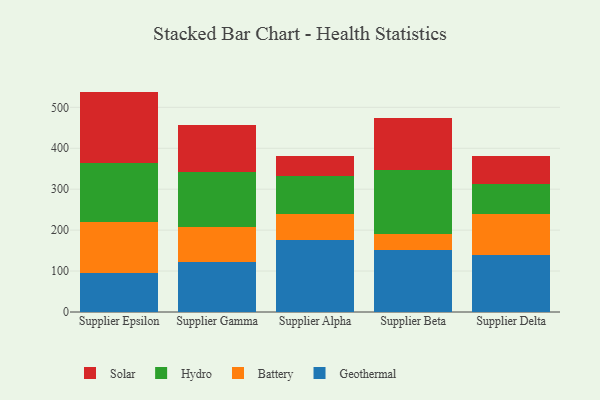
{"axis": {"x": "Supplier", "y": "LTV (USD)"}, "legend": ["Battery", "Geothermal", "Hydro", "Solar"], "data": [{"x": "Supplier Epsilon", "y": 95.5, "type": "Geothermal"}, {"x": "Supplier Epsilon", "y": 125.3, "type": "Battery"}, {"x": "Supplier Epsilon", "y": 143.6, "type": "Hydro"}, {"x": "Supplier Epsilon", "y": 174.0, "type": "Solar"}, {"x": "Supplier Gamma", "y": 122.1, "type": "Geothermal"}, {"x": "Supplier Gamma", "y": 85.7, "type": "Battery"}, {"x": "Supplier Gamma", "y": 135.2, "type": "Hydro"}, {"x": "Supplier Gamma", "y": 115.0, "type": "Solar"}, {"x": "Supplier Alpha", "y": 176.4, "type": "Geothermal"}, {"x": "Supplier Alpha", "y": 63.8, "type": "Battery"}, {"x": "Supplier Alpha", "y": 92.0, "type": "Hydro"}, {"x": "Supplier Alpha", "y": 49.9, "type": "Solar"}, {"x": "Supplier Beta", "y": 152.0, "type": "Geothermal"}, {"x": "Supplier Beta", "y": 38.2, "type": "Battery"}, {"x": "Supplier Beta", "y": 156.4, "type": "Hydro"}, {"x": "Supplier Beta", "y": 127.9, "type": "Solar"}, {"x": "Supplier Delta", "y": 140.1, "type": "Geothermal"}, {"x": "Supplier Delta", "y": 98.7, "type": "Battery"}, {"x": "Supplier Delta", "y": 73.2, "type": "Hydro"}, {"x": "Supplier Delta", "y": 69.4, "type": "Solar"}]}